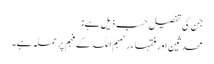
جن کی تفصیل حسب ذیل ہے:
محدثین اور فقہاء رحمہم اللہ کے فہم پر حملہ ہے۔